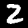
Label: 2